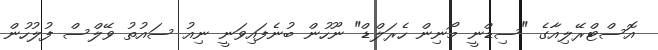
އޮސްޓްރޭލިއާގެ "ސިޑްނީ މޯނިން ހެރަލްޑް" ނޫހުން ބުނެފައިވަނީ ނިއު ސައުތު ވޭލްސް ފުލުހުން